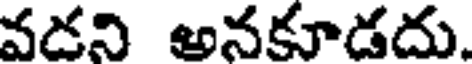
వడని అనకూడదు.